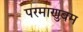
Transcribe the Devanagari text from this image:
परमाणुबम